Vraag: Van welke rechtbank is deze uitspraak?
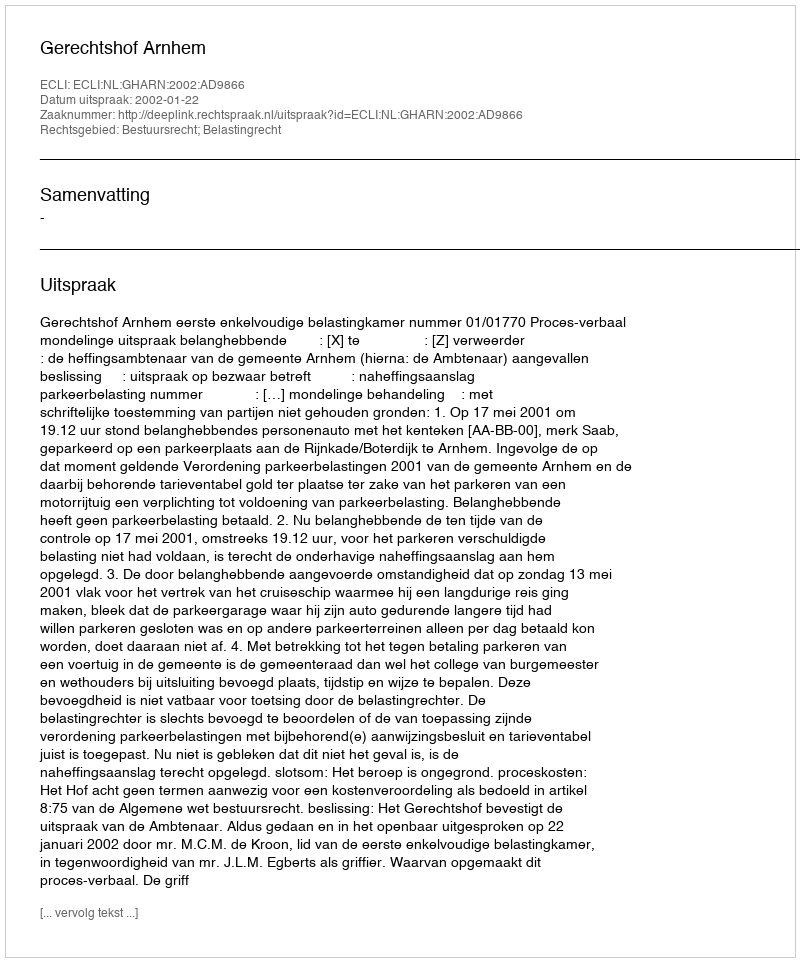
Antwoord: Gerechtshof Arnhem